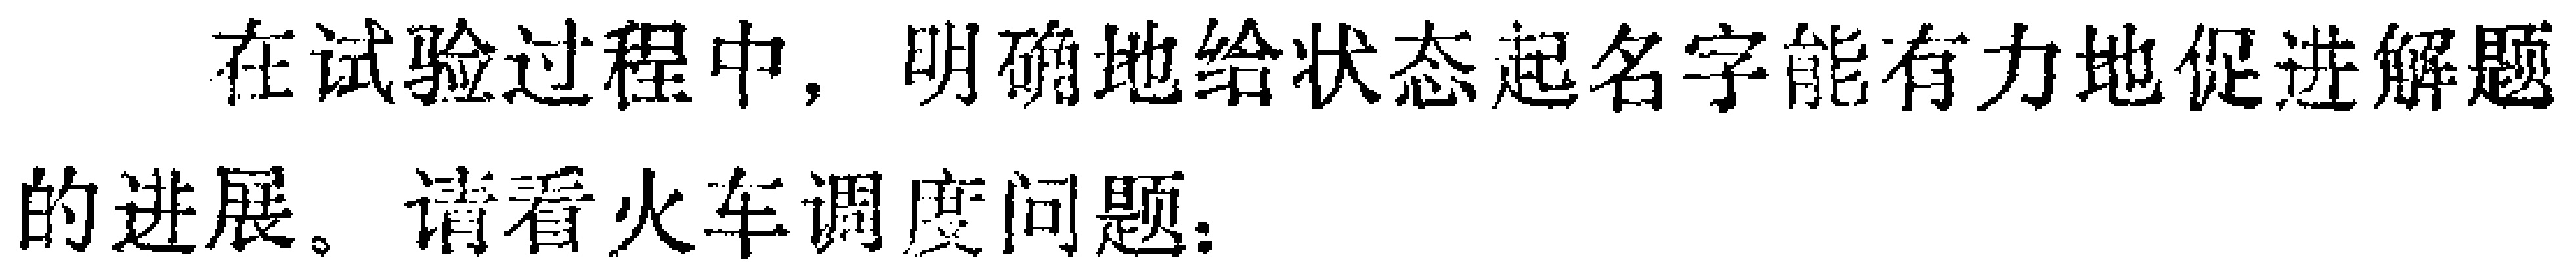
在试验过程中，明确地给状态起名字能有力地促进解题的进展。请看火车调度问题：